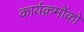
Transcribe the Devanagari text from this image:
कार्यक्रमोंको